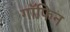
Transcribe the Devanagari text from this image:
गॉफिन